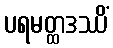
ပရမတ္ထဒဿိံ